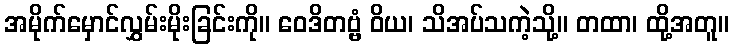
အမိုက်မှောင်လွှမ်းမိုးခြင်းကို။ ဝေဒိတဗ္ဗံ ဝိယ၊ သိအပ်သကဲ့သို့။ တထာ၊ ထို့အတူ။